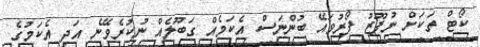
ކޯޓް ތަކަށް ނުފޫޒު ފޯރުވައޭ ބުންނަސް އެކަމެއް ގަބޫލެއް ނުކުރެވޭނެ އަދި އެކަމުގެ